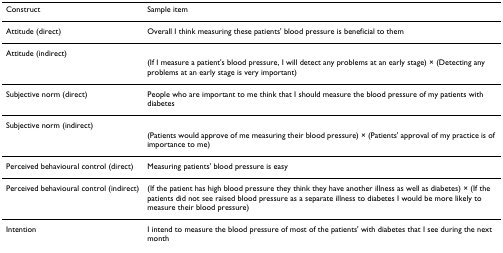
| Construct | Sample item |
 | --- | --- |
 | Attitude (direct) | Overall I think measuring these patients' blood pressure is beneficial to them |
 | Attitude (indirect) | (If I measure a patient's blood pressure, I will detect any problems at an early stage) × (Detecting any problems at an early stage is very important) |
 | Subjective norm (direct) | People who are important to me think that I should measure the blood pressure of my patients with diabetes |
 | Subjective norm (indirect) | (Patients would approve of me measuring their blood pressure) × (Patients' approval of my practice is of importance to me) |
 | Perceived behavioural control (direct) | Measuring patients' blood pressure is easy |
 | Perceived behavioural control (indirect) | (If the patient has high blood pressure they think they have another illness as well as diabetes) × (If the patients did not see raised blood pressure as a separate illness to diabetes I would be more likely to measure their blood pressure) |
 | Intention | I intend to measure the blood pressure of most of the patients' with diabetes that I see during the next month |